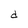
Character: d